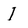
Character: I